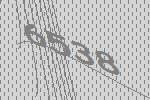
6538